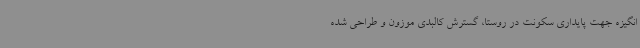
انگیزه جهت پایداری سکونت در روستا، گسترش کالبدی موزون و طراحی شده